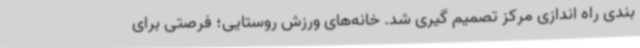
بندی راه اندازی مرکز تصمیم گیری شد. خانه‌های ورزش روستایی؛ فرصتی برای